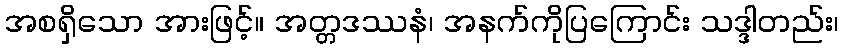
အစရှိသော အားဖြင့်။ အတ္တဒဿနံ၊ အနက်ကိုပြကြောင်း သဒ္ဒါတည်း၊